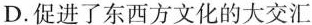
D.促进了东西方文化的大交汇